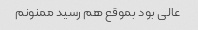
عالی بود بموقع هم رسید ممنونم